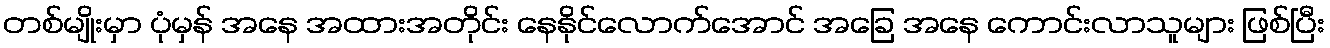
တစ်မျိုးမှာ ပုံမှန် အနေ အထားအတိုင်း နေနိုင်လောက်အောင် အခြေ အနေ ကောင်းလာသူများ ဖြစ်ပြီး